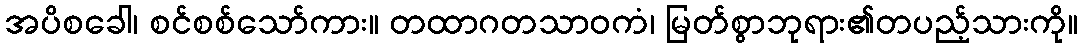
အပိစခေါ၊ စင်စစ်သော်ကား။ တထာဂတသာဝကံ၊ မြတ်စွာဘုရား၏တပည့်သားကို။